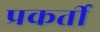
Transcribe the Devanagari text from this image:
प्रकर्ती